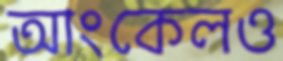
আংকেলও